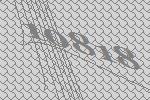
10818